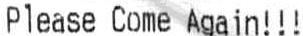
PLEASE COME AGAIN!!!